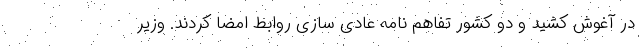
در آغوش کشید و دو کشور تفاهم نامه عادی سازی روابط امضا کردند. وزیر